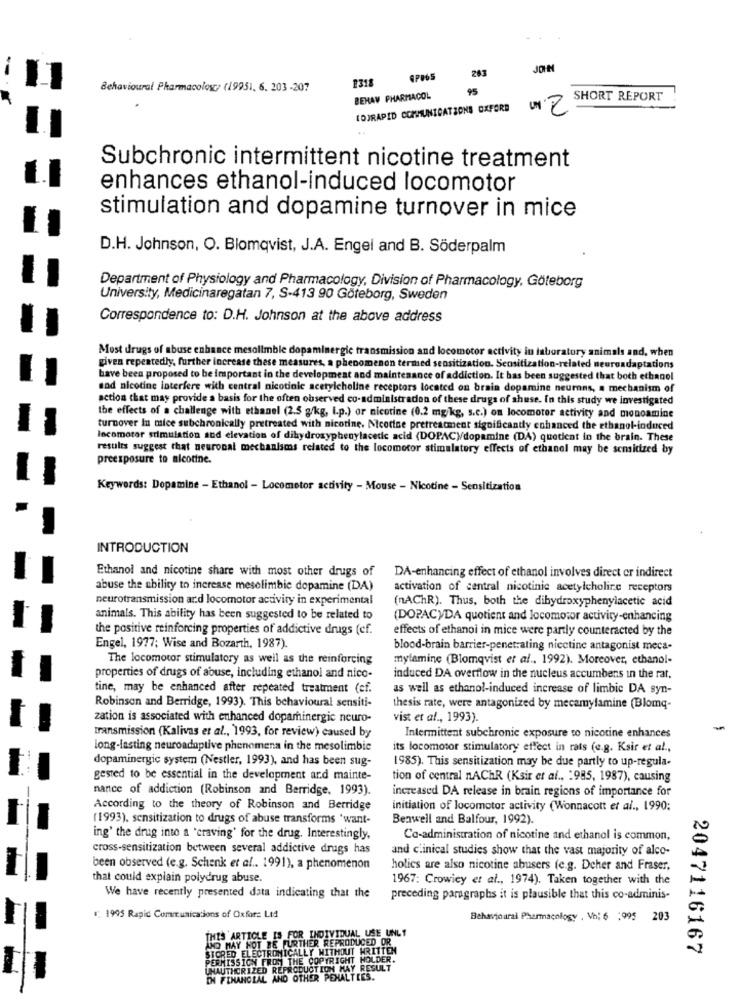
JOHN
2318
263
Behavioural Pharmacolosc, (19951, 6. 203 -207
95
BEHAV PHARMACOL
SHORT REPORT
(D)RAPID COMMUNICATIONS OXFORD
UN 2
Subchronic intermittent nicotine treatment
enhances ethanol-induced locomotor
stimulation and dopamine turnover in mice
D.H. Johnson, O. Blomqvist, J.A. Engel and B. Söderpalm
Department of Physiology and Pharmacology, Division of Pharmacology, Göteborg
University, Medicinaregatan 7, S-413 90 Göteborg, Sweden
Correspondence to: D.H. Johnson at the above address
Most drugs of abuse enhance mesolimble dopaminergic t
lu laboratory animals and, when
given repeatedly, further increase these measures, a phenomenon termed sensitization. Sensitization-related neuroadaptations
have been proposed to be important in the development and maintenance of addiction. It has been suggested that both ethanol
sad nicotine interfere with central nicotinic acetylcholine receptors located on brain dopamine neurons, a mechanism of
action that may provide a basis for the often observed co-administradon of these drugs of shuse. In this study we investigated
the effects of a challenge with ethanel (2.5 g/kg, I.p.) or nicotine (0.2 mg/kg, s.c.) on locomotor activity and monoamine
turnover In mice subchronically pretreated with nicotine. Nicotine pretreatment significantly enhanced the ethanol-induced
locomotor stimulation and elevation of dihydroxyphenylacetic acid (DOPAC)dopamine (DA) quetient in the brain. These
results suggest that neuronal mechanisms related to the locomotor stimulatery effects of ethanel may be sensidized by
preexposure to nicotine.
Keywords: Dopamine - Ethanol - Locomotor activity - Mouse - Nicotine - Sensitization
INTRODUCTION
Ethanol and nicotine share with most other drugs of
DA-enhancing effect of ethanol involves direct or indirect
abuse the ability to increase mesolimbie dopamine (DA)
activation of central nicotinie acetylcholine receptors
neurotransmission and locomotor activity in experimental
(nAChR). Thus, both the dibydroxyphenylacetic acid
animals. This ability has been suggested to be related to
(DOPACYDA quotient and locomotor activity-enhancing
the positive reinforcing properties of addictive drugs (cf.
effects of ethanoi in mice were partly counteracted by the
Engel, 1977; Wise and Bozarth, 1987).
blood-brain barrier-penetrating niectine antagonist meca-
The locomotor stimulatory as well as the reinforcing
mylamine (Blomqvist et al .. 1992). Moreover, ethanol-
properties of drugs of abuse, including ethanol and nico-
induced DA overflow in the nucleus accumbens in the rat,
tine, may be enhanced after repeated treatment (cf.
as well as ethanol-induced increase of limbic DA syn-
Robinson and Berridge, 1993). This behavioural sensiti-
thesis rate, were antagonized by mecamylamine (Blomq-
zation is associated with enhanced dopaminergic neuro-
vist et al ., 1993).
transmission (Kalivas et al ., 1993, for review) caused by
Intermittent subchronic exposure to nicotine enhances
long-lasting neuroadaptive phenomena in the mesolimbie
its locomotor stimulatory effect in rats (e.g. Ksir et al .,
dopaminergic system (Nestler, 1993), and has been sug-
1985). This sensitization may be due partly to up-regula-
gested to be essential in the development and mainte-
tion of central nAChR (Ksir et al ., : 985, 1987), causing
nance of addiction (Robinson and Berridge, 1993).
increased DA release in brain regions of importance for
According to the theory of Robinson and Berridge
initiation of locomotor activity (Wonnacott et al ., 1990:
(1993). sensitization to drugs of abuse transforms 'want-
Benwell and Balfour, 1992).
ing' the drug into a 'craving' for the drug. Interestingly,
Co-administration of nicotine and ethanol is common,
cross-sensitization between several addictive drugs has
and clinical studies show that the vast majority of alco-
been observed (e.g. Schenk et af .. 1991), a phenomenon
holics are also nicotine abusers (e.g. Deher and Fraser,
that could explain polydrug abuse.
1967: Crowicy et al ., 1974). Taken together with the
We have recently presented data indicating that the
preceding paragraphs it is plausible that this co-adminis-
. 1995 Rapid Communications of Oxfor: Ltd
Behavioural Pharmacology , Vh: 6 :995 203
THIS ARTICLE IS FOR INDIVIDUAL USE UNLT
STORED ELECTRONICALLY WITHOUT WRITTEN
AND MAY NOT BE FURTHER REPRODUCED OR
2047116167
PERMISSION FROM THE COPYRIGHT HOLDER.
UNAUTHORIZED REPRODUCTION MAY RESULT
DN FINANCIAL AND OTHER PENALTIES.